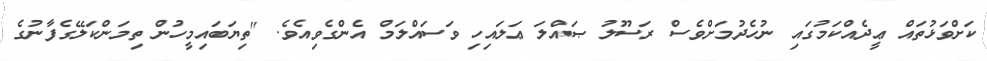
ކަށްވަޅުތައް ޢީދެއްކަމުގައި ނުހެދުމަށްވެސް ރަސޫލު ޞައްލަ ޢަލައިހި ވަސައްލަމް އެންގެވިއެވެ. "ތިޔަބައިމީހުން ތިމަންކަލޭގެފާނުގެ